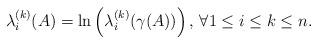
LaTeX: \begin{align*} \lambda_i^{(k)}(A) = \ln\left(\lambda_i^{(k)}(\gamma(A))\right), \, \forall 1 \leq i \leq k \leq n. \end{align*}